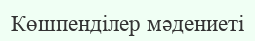
Көшпенділер мәдениеті